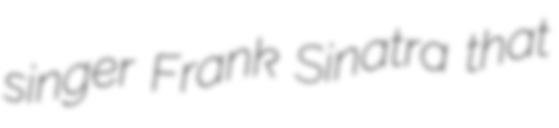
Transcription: singer Frank Sinatra that